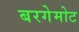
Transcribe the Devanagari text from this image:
बरगेमोट